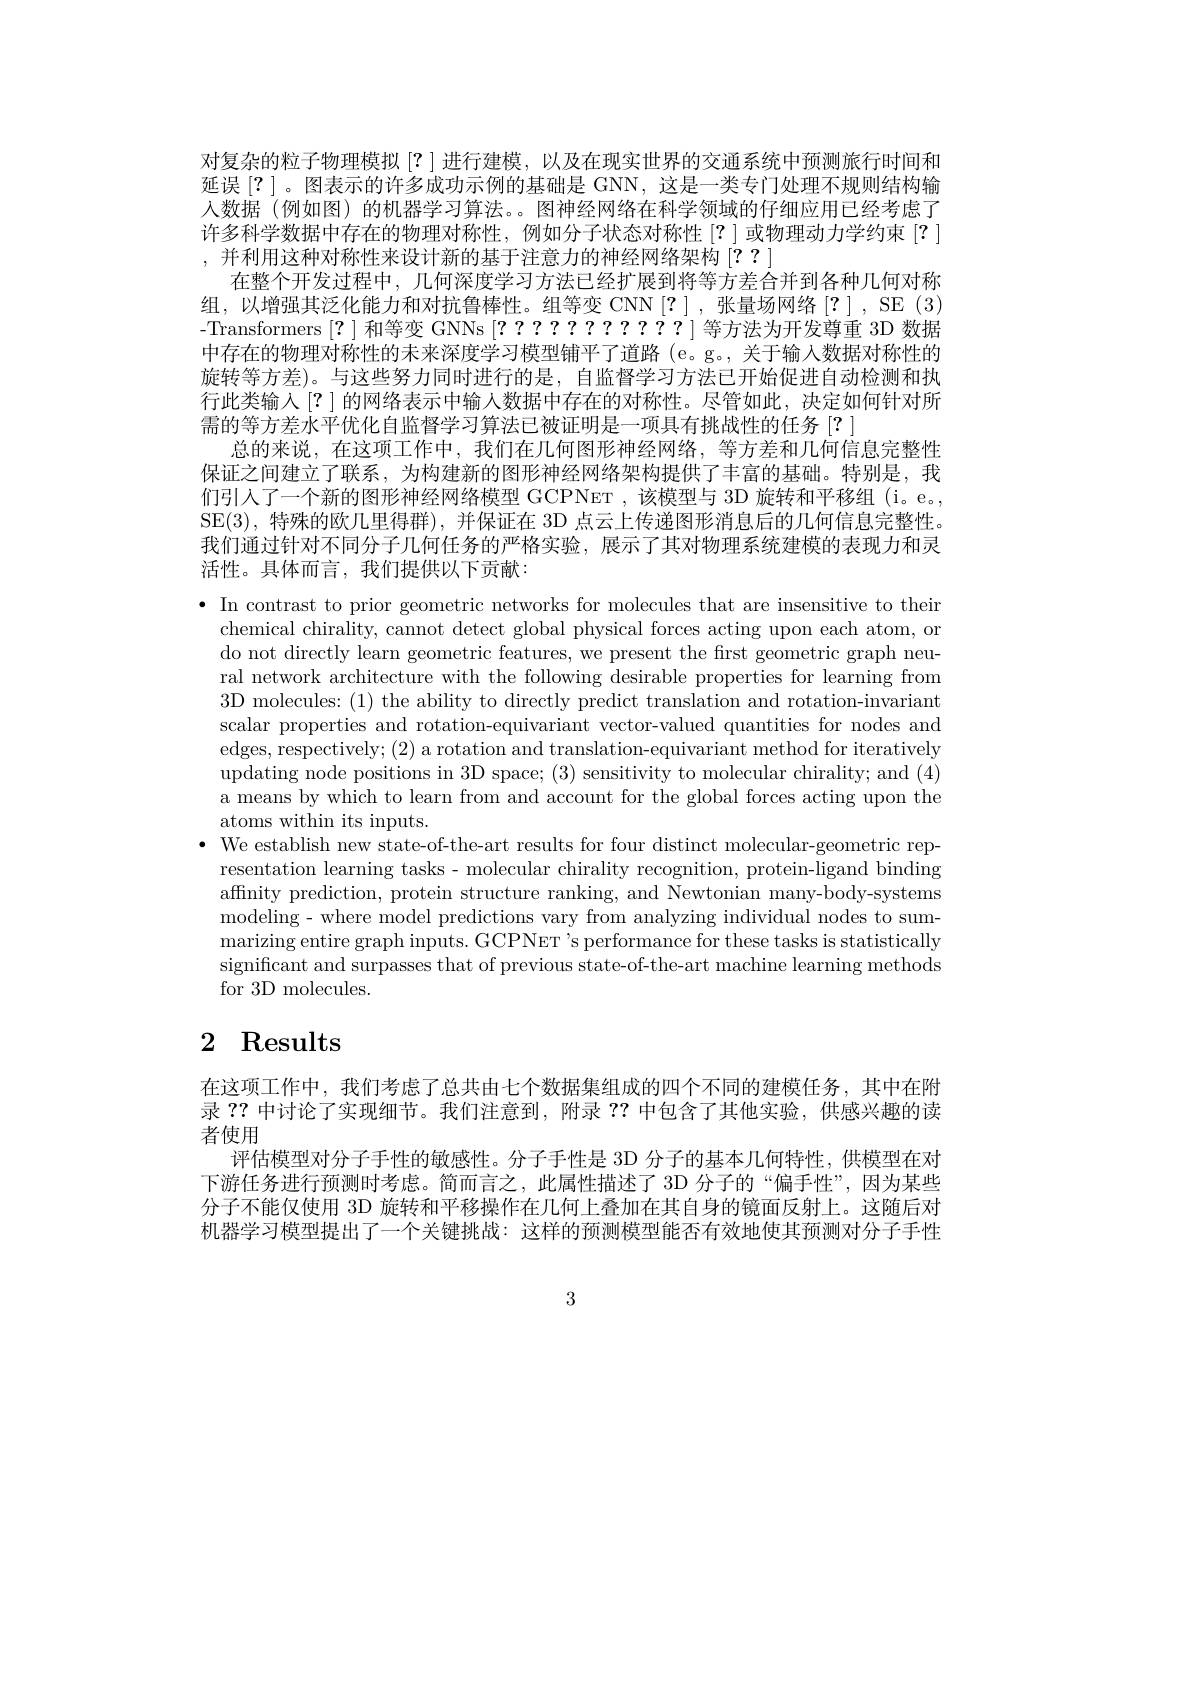
对复杂的粒子物理模拟[?]进行建模，以及在现实世界的交通系统中预测旅行时间和延误[?]。图表示的许多成功示例的基础是 GNN, 这是一类专门处理不规则结构输人数据 (例如图) 的机器学习算法。。图神经网络在科学领域的仔细应用已经考虑了许多科学数据中存在的物理对称性，例如分子状态对称性[?]或物理动力学约束[?] ,并利用这种对称性来设计新的基于注意力的神经网络架构[??]
在整个开发过程中，几何深度学习方法已经扩展到将等方差合并到各种几何对称组，以增强其泛化能力和对抗鲁棒性。组等变 CNN[?],张量场网络[?], SE (3) -Transformers [?]和等变 GNNs [???????????]等方法为开发尊重 3D 数据中存在的物理对称性的未来深度学习模型铺平了道路 (e。g。, 关于输入数据对称性的旋转等方差)。与这些努力同时进行的是，自监督学习方法已开始促进自动检测和执行此类输入[?] 的网络表示中输人数据中存在的对称性。尽管如此，决定如何针对所需的等方差水平优化自监督学习算法已被证明是一项具有挑战性的任务[?]
总的来说，在这项工作中，我们在几何图形神经网络，等方差和几何信息完整性保证之间建立了联系，为构建新的图形神经网络架构提供了丰富的基础。特别是，我们引入了一个新的图形神经网络模型 GCPNET ,该模型与 3D 旋转和平移组 (i。e。, SE(3),特殊的欧几里得群),并保证在 3D 点云上传递图形消息后的几何信息完整性。我们通过针对不同分子几何任务的严格实验，展示了其对物理系统建模的表现力和灵活性。具体而言，我们提供以下贡献：
· In contrast to prior geometric networks for molecules that are insensitive to their
chemical chirality, cannot detect global physical forces acting upon each atom, or do not directly learn geometric features, we present the first geometric graph neural network architecture with the following desirable properties for learning from 3D molecules:(1) the ability to directly predict translation and rotation-invariant scalar properties and rotation-equivariant vector-valued quantities for nodes and edges, respectively; (2) a rotation and translation-equivariant method for iteratively updating node positions in 3D space; (3) sensitivity to molecular chirality; and (4) a means by which to learn from and account for the global forces acting upon the atoms within its inputs.
· We establish new state-of-the-art results for four distinct molecular-geometric rep-
resentation learning tasks- molecular chirality recognition, protein-ligand binding affinity prediction, protein structure ranking, and Newtonian many-body-systems modeling - where model predictions vary from analyzing individual nodes to summarizing entire graph inputs. GCPNET 's performance for these tasks is statistically significant and surpasses that of previous state-of-the-art machine learning methods for 3D molecules.

# 2 Results

在这项工作中，我们考虑了总共由七个数据集组成的四个不同的建模任务，其中在附录？?中讨论了实现细节。我们注意到，附录？?中包含了其他实验，供感兴趣的读者使用
评估模型对分子手性的敏感性。分子手性是 3D 分子的基本几何特性，供模型在对下游任务进行预测时考虑。简而言之，此属性描述了 3D 分子的“偏手性”,因为某些分子不能仅使用 3D 旋转和平移操作在几何上叠加在其自身的镜面反射上。这随后对机器学习模型提出了一个关键挑战：这样的预测模型能否有效地使其预测对分子手性

3